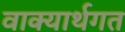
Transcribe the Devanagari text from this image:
वाक्यार्थगत